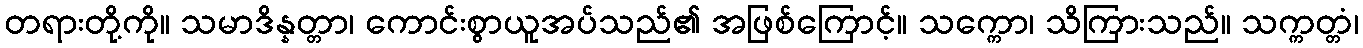
တရားတို့ကို။ သမာဒိန္နတ္တာ၊ ကောင်းစွာယူအပ်သည်၏ အဖြစ်ကြောင့်။ သက္ကော၊ သိကြားသည်။ သက္ကတ္တံ၊